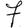
Digit: 7